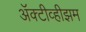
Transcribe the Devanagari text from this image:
ॲक्टीव्हीझम